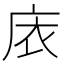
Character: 庡